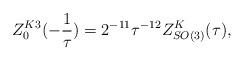
LaTeX: \begin{align*}Z^{K3}_0(-\frac{1}{\tau})=2^{-11}\tau^{-12}Z^K_{SO(3)}(\tau),\end{align*}